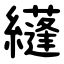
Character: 纄